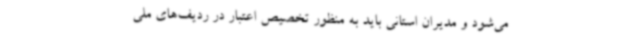
می‌شود و مدیران استانی باید به منظور تخصیص اعتبار در ردیف‌های ملی